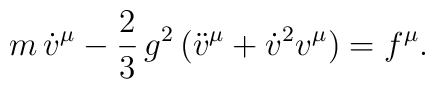
m\,{\dot v}^\mu-{\frac23}\,g^2\,({\ddot v}^\mu+ {\dot v}^2 v^\mu)= f^\mu.